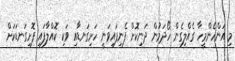
މި އަންހެންމީހާ ގެއްލިގެން ހޯދަމުން ދަނިކޮށް ފެނިފައިވަނީ ހަށިގަނޑާއި ވަކި ކޮއްލާފައި ފޮށިގަނޑަކަށް